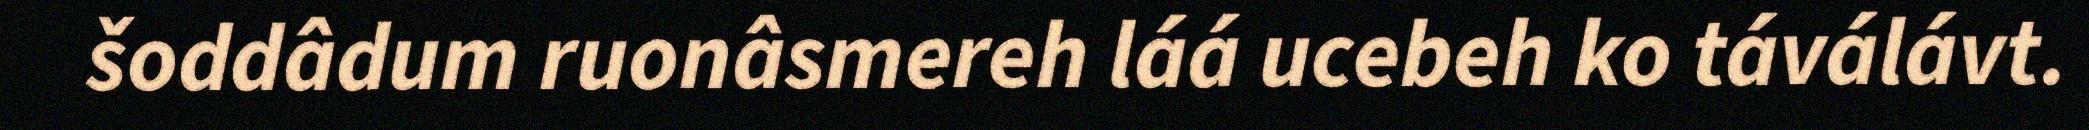
šoddâdum ruonâsmereh láá ucebeh ko táválávt.